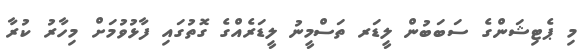
މި ޕެޓިޝަންގެ ސަބަބުން ލީޑަރ ތަސްމީނު ލީޑަރެއްގެ ގޮތުގައި ފާޅުވުމަށް މިހާރު ކުރާ